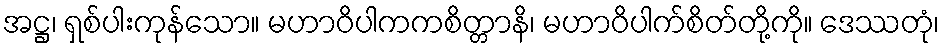
အဋ္ဌ၊ ရှစ်ပါးကုန်သော။ မဟာဝိပါကကစိတ္တာနိ၊ မဟာဝိပါက်စိတ်တို့ကို။ ဒေဿတုံ၊